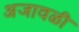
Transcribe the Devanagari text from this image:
अजावळी